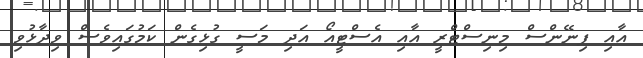
އާއި ފިނޭންސް މިނިސްޓްރީ އާއި އެސްޓީއޯ އަދި މަސީ ގުޅިގެން ކަމުގައިވެސް ވިދާޅުވި